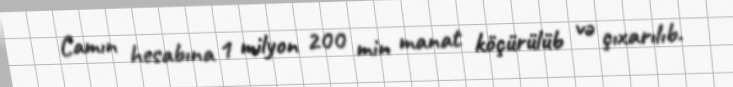
Camın hesabına 1 milyon 200 min manat köçürülüb və çıxarılıb.